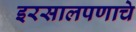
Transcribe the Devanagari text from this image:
इरसालपणाचे